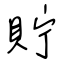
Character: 貯